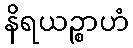
နိရယဉ္စာဟံ